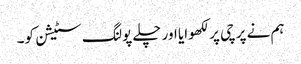
ہم نے پرچی پر لکھوایا اور چلے پولنگ سٹیشن کو۔